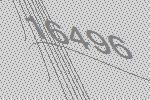
16496